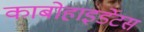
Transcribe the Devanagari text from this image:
काबोहाइर्डेटस